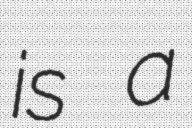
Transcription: is a